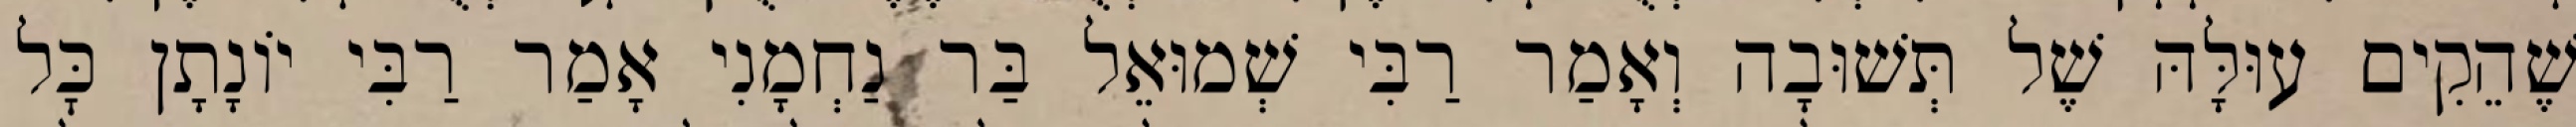
שֶׁהֵקִים עוּלָּהּ שֶׁל תְּשׁוּבָה וְאָמַר רַבִּי שְׁמוּאֵל בַּר נַחְמָנִי אָמַר רַבִּי יוֹנָתָן כׇּל